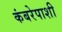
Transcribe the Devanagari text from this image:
कंबरेपाशी